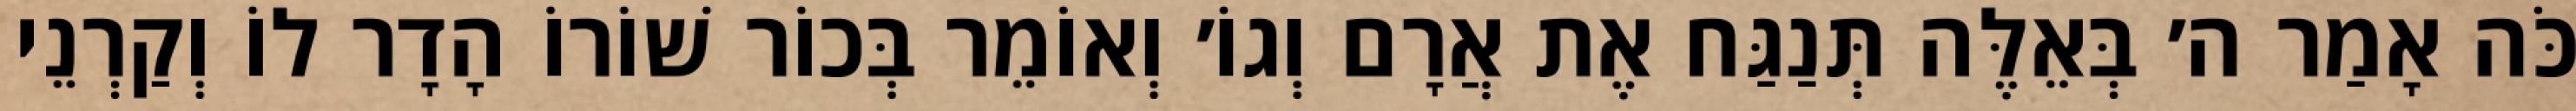
כֹּה אָמַר ה׳ בְּאֵלֶּה תְּנַגַּח אֶת אֲרָם וְגוֹ׳ וְאוֹמֵר בְּכוֹר שׁוֹרוֹ הָדָר לוֹ וְקַרְנֵי